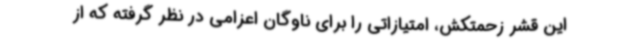
این قشر زحمتکش، امتیازاتی را برای ناوگان اعزامی در نظر گرفته که از